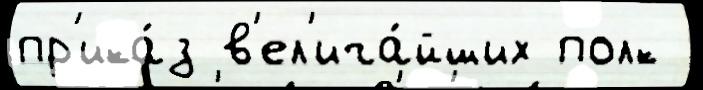
пр'ика́з в'ел'ича́йших полк